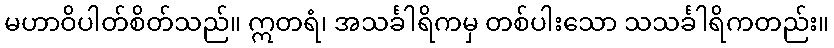
မဟာဝိပါတ်စိတ်သည်။ ဣတရံ၊ အသင်္ခါရိကမှ တစ်ပါးသော သသင်္ခါရိကတည်း။